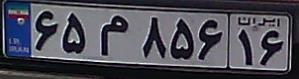
۶۵م۸۵۶۱۶